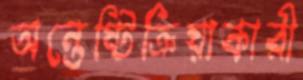
অন্তেষ্টিক্রিয়াকারী